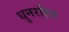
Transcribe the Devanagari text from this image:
धुनरहित